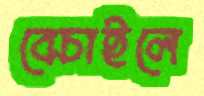
বেচাইলে